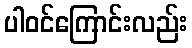
ပါဝင်ကြောင်းလည်း